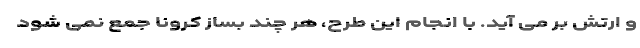
و ارتش بر می آید. با انجام این طرح، هر چند بساز کرونا جمع نمی شود